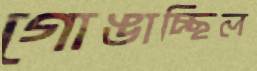
গোঙাচ্ছিল